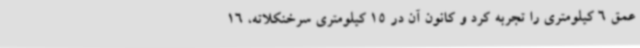
عمق 6 کیلومتری را تجربه کرد و کانون آن در 15 کیلومتری سرخنکلاته، 16